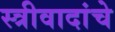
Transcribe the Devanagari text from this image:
स्त्रीवादांचे